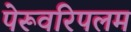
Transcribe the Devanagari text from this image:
पेरूवरिपलम